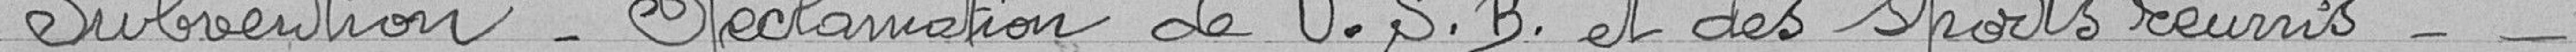
Subvention - Réclamation de U.S.B et des sports réunis - -